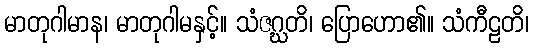
မာတုဂါမာန၊ မာတုဂါမနှင့်။ သံဇဂ္ဃတိ၊ ပြောဟော၏။ သံကီဠတိ၊